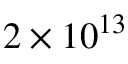
2 \times 1 0 ^ { 1 3 }